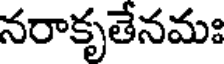
నరాకృతేనమః